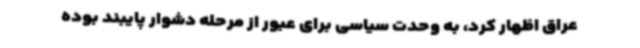
عراق اظهار کرد، به وحدت سیاسی برای عبور از مرحله دشوار پایبند بوده